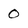
Character: 0